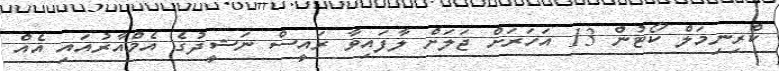
ކްރިނިމަލް ކޯޓުން 13 އަހަރަށް ޖަލަށް ލާފައިވާ ރައީސް ނަޝީދުގެ އެމްއާރުއައި އެއް